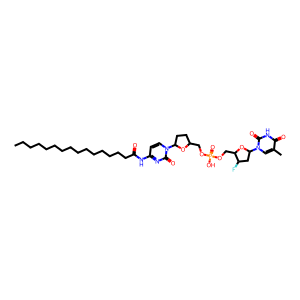
SMILES: CCCCCCCCCCCCCCCC(=O)Nc1ccn(C2CCC(COP(=O)(O)OCC3OC(n4cc(C)c(=O)[nH]c4=O)CC3F)O2)c(=O)n1
Inhibits HIV replication: Yes